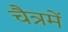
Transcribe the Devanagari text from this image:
चैत्रमें